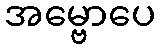
အမ္ဗောပေ